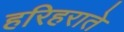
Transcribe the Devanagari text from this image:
हरिहराते